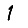
Digit: 1